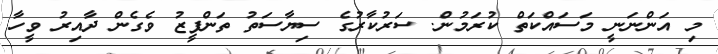
މި އަންނަނީ މަސައްކަތް ކުރަމުން. ސަރުކާރުގެ ސިޔާސަތު ތަންފީޒު ވެގެން ދާއިރު ވީހާ